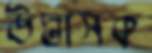
উদ্ভাসক